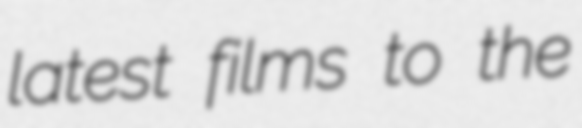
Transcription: latest films to the